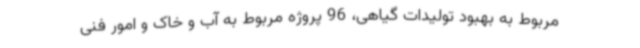
مربوط به بهبود تولیدات گیاهی، 96 پروژه مربوط به آب و خاک و امور فنی